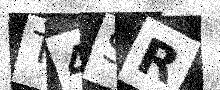
Text: T4SR